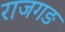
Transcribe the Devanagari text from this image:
राजगङ